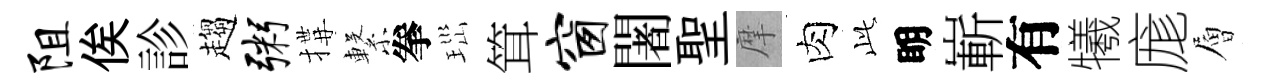
阻俟診趨粥搆繋拳𤤼䇯窗闍聖摩肉𬼘眀嶄有犧庬層